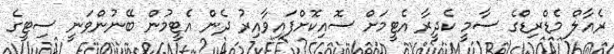
ރެއާލް މެޑްރިޑްގެ ސާމީ ކެދީރާ އެޓީމަށް ސޮއިކޮށްފައިވާއިރު ދެން އެޓީމުން ބޭނުންވަނީ ސިޓީގެ